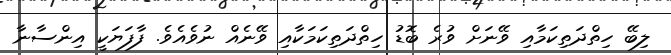
ލިބޭ ހިތްދަތިކަމާއި ވޭނަށް ވުރެ ބޮޑު ހިތްދަތިކަމަކާއި ވޭނެއް ނުވެއެވެ. ފާފަޔަކީ އިންސާނާ